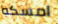
امسكه